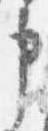
申